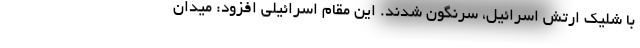
با شلیک ارتش اسرائیل، سرنگون شدند. این مقام اسرائیلی افزود: میدان